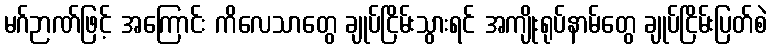
မဂ်ဉာဏ်ဖြင့် အကြောင်း ကိလေသာတွေ ချုပ်ငြိမ်းသွားရင် အကျိုးရုပ်နာမ်တွေ ချုပ်ငြိမ်းပြတ်စဲ